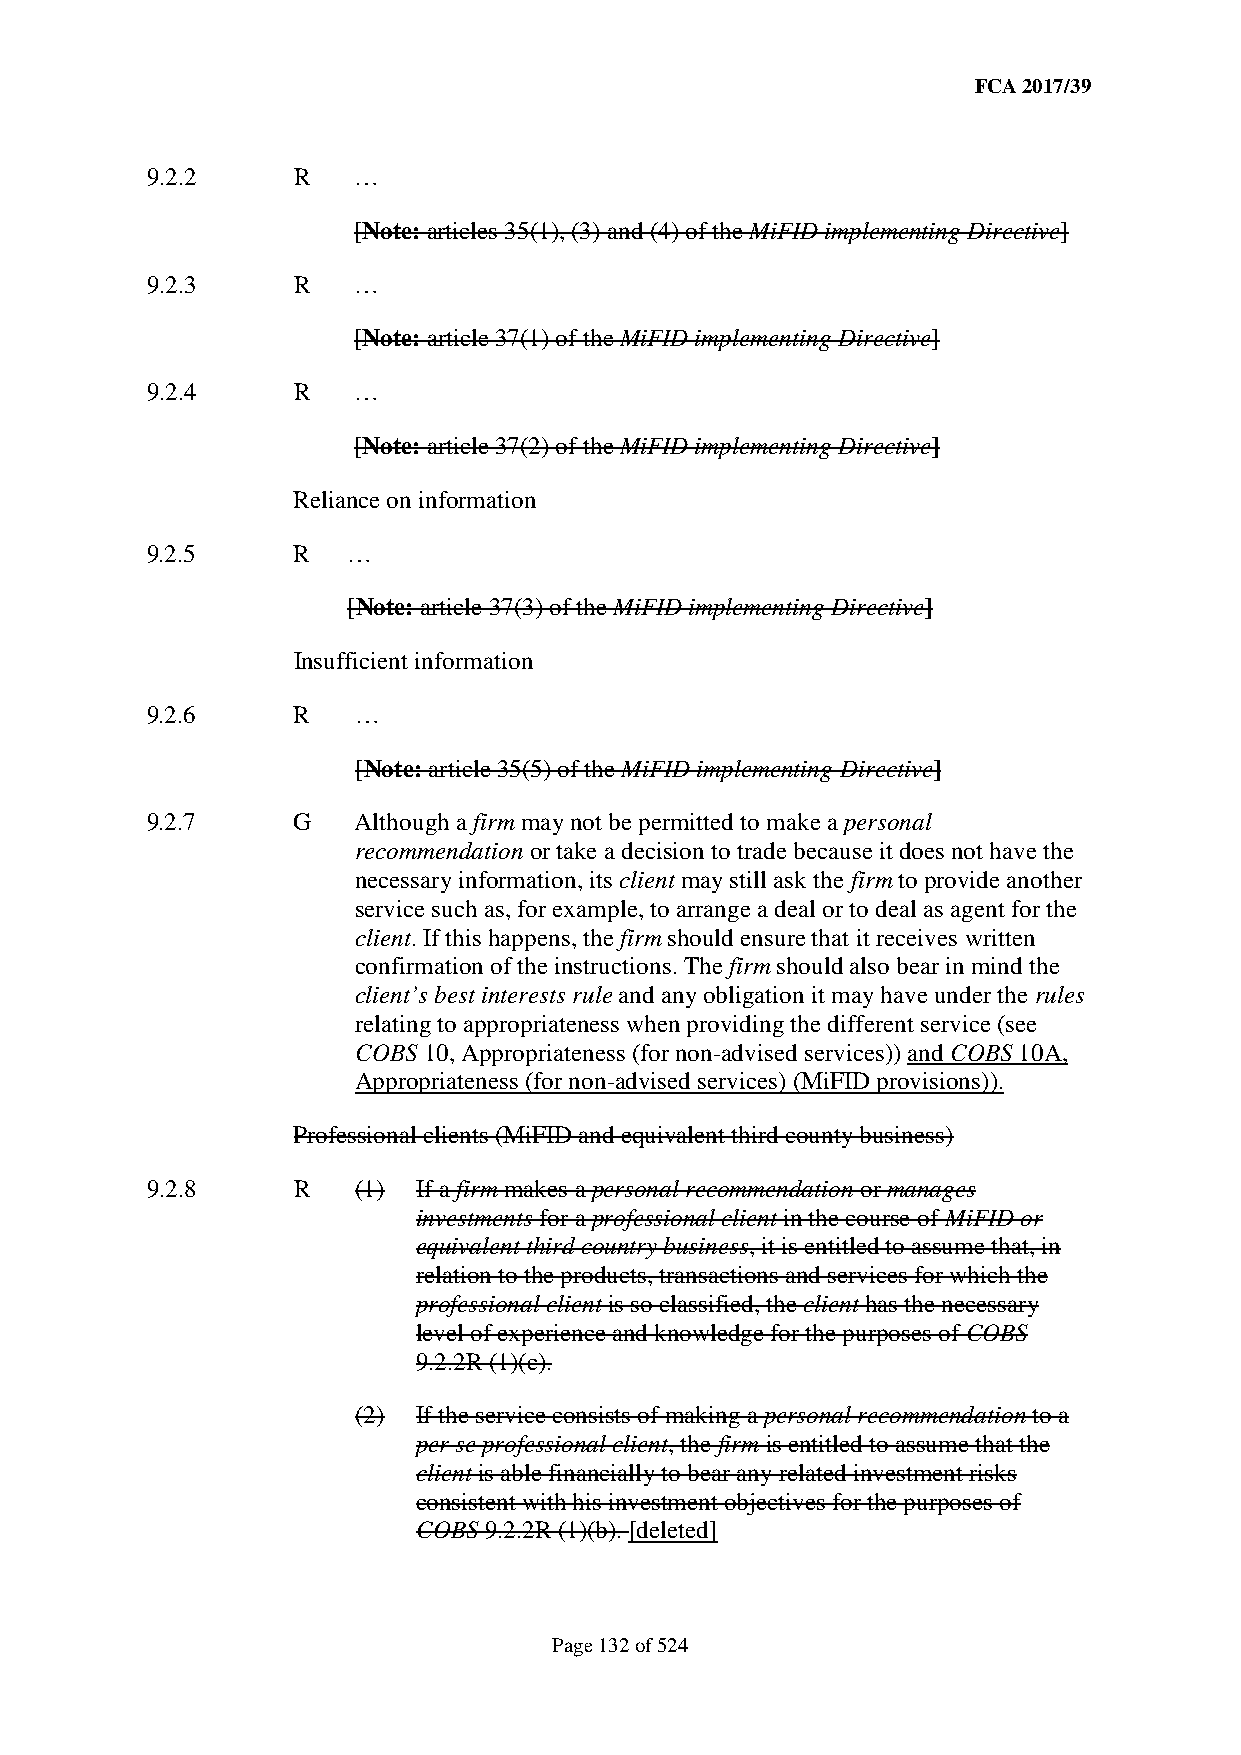
FCA 2017/39
 9.2.2    R   …
 [Note: articles 35(1), (3) and (4) of the MiFID implementing Directive]
 9.2.3    R   …
 [Note: article 37(1) of the MiFID implementing Directive]
 9.2.4    R   …
 [Note: article 37(2) of the MiFID implementing Directive]
 Reliance on information
 9.2.5    R   …
 [Note: article 37(3) of the MiFID implementing Directive]
 Insufficient information
 9.2.6    R    …
 [Note: article 35(5) of the MiFID implementing Directive]
 9.2.7    G    Although a firm may not be permitted to make a personal
 recommendation or take a decision to trade because it does not have the
 necessary information, its client may still ask the firm to provide another
 service such as, for example, to arrange a deal or to deal as agent for the
 client. If this happens, the firm should ensure that it receives written
 confirmation of the instructions. The firm should also bear in mind the
 client’s best interests rule and any obligation it may have under the rules
 relating to appropriateness when providing the different service (see
 COBS 10, Appropriateness (for non-advised services)) and COBS 10A,
 Appropriateness (for non-advised services) (MiFID provisions)).
 Professional clients (MiFID and equivalent third county business)
 9.2.8    R    (1) If a firm makes a personal recommendation or manages
 investments for a professional client in the course of MiFID or
 equivalent third country business, it is entitled to assume that, in
 relation to the products, transactions and services for which the
 professional client is so classified, the client has the necessary
 level of experience and knowledge for the purposes of COBS
 9.2.2R (1)(c).
 (2) If the service consists of making a personal recommendation to a
 per se professional client, the firm is entitled to assume that the
 client is able financially to bear any related investment risks
 consistent with his investment objectives for the purposes of
 COBS 9.2.2R (1)(b). [deleted]
 Page 132 of 524